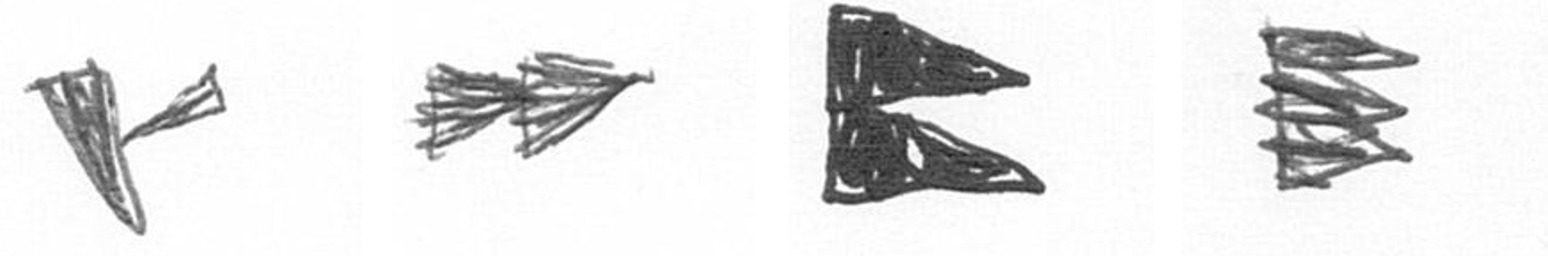
F A P H